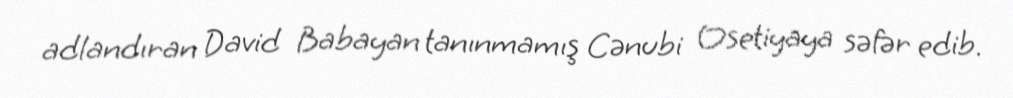
adlandıran David Babayan tanınmamış Cənubi Osetiyaya səfər edib.